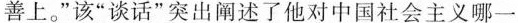
善上。”该”谈话”突出阐述了他对中国社会主义哪一